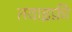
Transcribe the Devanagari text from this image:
तवाइफ़ी